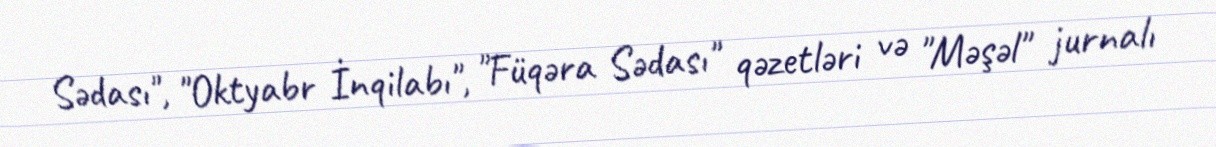
Sədası", "Oktyabr İnqilabı", "Füqəra Sədası" qəzetləri və "Məşəl" jurnalı